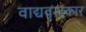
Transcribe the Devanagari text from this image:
वाद्यवृन्दकार